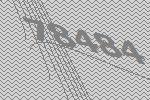
78484